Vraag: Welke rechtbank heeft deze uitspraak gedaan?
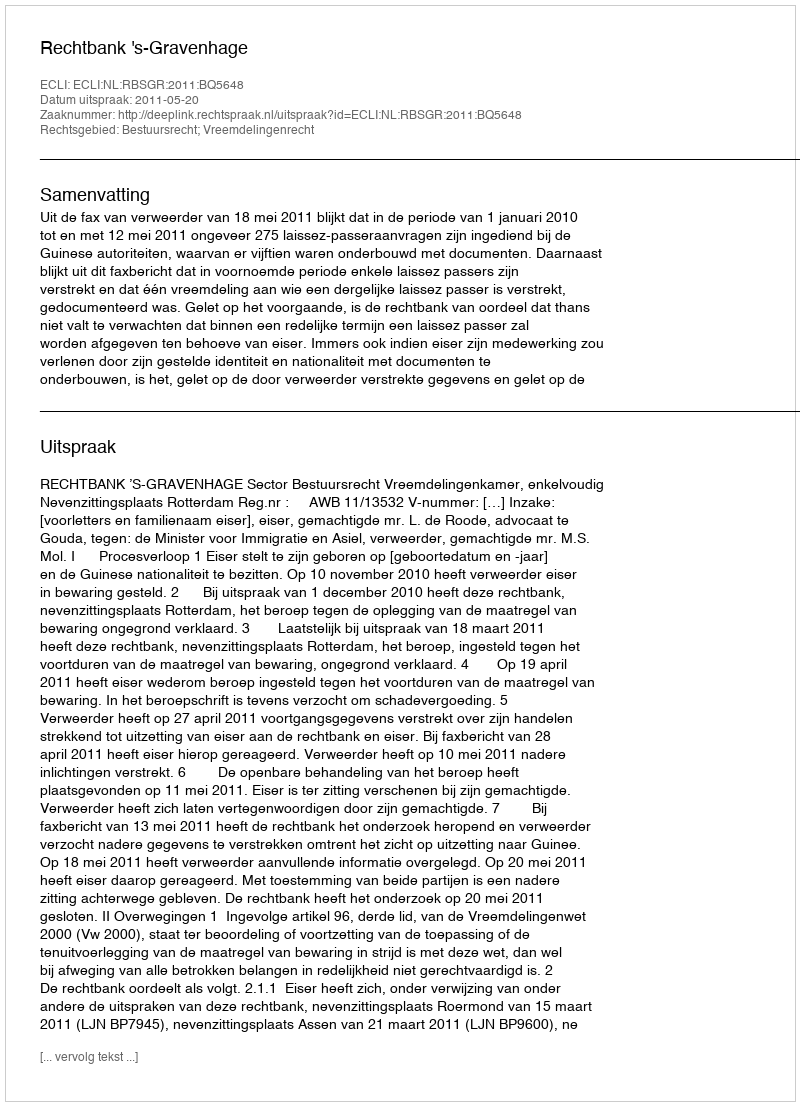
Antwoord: Rechtbank 's-Gravenhage